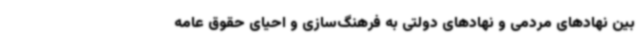
بین نهادهای مردمی و نهادهای دولتی به فرهنگ‌سازی و احیای حقوق عامه